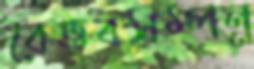
বৈভবসম্পন্ন